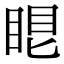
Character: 𥆢